Report on sanitation, dispensaries, and jails in Rajputana for 1909, and on vaccination for the year 1909-1910 - 1909-1910
Year: 1909
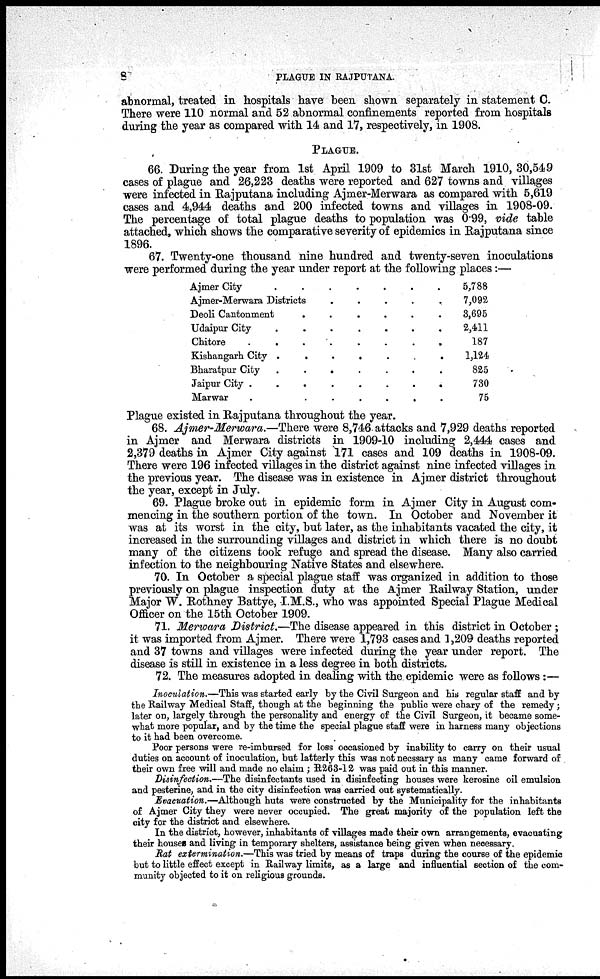
8
PLAGUE IN RAJPUTANA.
abnormal, treated in hospitals have been shown separately in statement C.
There were 110 normal and 52 abnormal confinements reported from hospitals
during the year as compared with 14 and 17, respectively, in 1908.
PLAGUE.
66. During the year from 1st April 1909 to 31st March 1910, 30,549
cases of plague and 26,223 deaths were reported and 627 towns and villages
were infected in Rajputana including Ajmer-Merwara as compared with 5,619
cases and 4,944 deaths and 200 infected towns and villages in 1908-09.
The percentage of total plague deaths to population was 0.99, vide table
attached, which shows the comparative severity of epidemics in Rajputana since
1896.
67. Twenty-one thousand nine hundred and twenty-seven inoculations
were performed during the year under report at the following places:—
Ajmer City
.
.
.
.
.
.
Ajmer-Merwara Districts
.
.
.
.
.
Deoli Cantonment
.
.
.
.
.
.
Udaipur City . . . . . . .
Chitore . . . . . . . .
Kishangarh City .
.
.
.
.
.
.
Bharatpur City
.
.
.
.
.
.
.
Jaipur City . . . . . . . .
Marwar
.
.
.
.
.
.
.
5,788
7,092
8,695
2,411
187
1,124
825
730
75
Plague existed in Rajputana throughout the year.
68. Ajmer-Merwara.—There were 8,746. attacks and 7,929 deaths reported
in Ajmer and Merwara districts in 1909-10 including 2,444 cases and
2,379 deaths in Ajmer City against 171 cases and 109 deaths in 1908-09.
There were 196 infected villages in the district against nine infected villages in
the previous year. The disease was in existence in Ajmer district throughout
the year, except in July.
69. Plague broke out in epidemic form in Ajmer City in August com-
mencing in the southern portion of the town. In October and November it
was at its worst in the city, but later, as the inhabitants vacated the city, it
increased in the surrounding villages and district in which there is no doubt
many of the citizens took refuge and spread the disease. Many also carried
infection to the neighbouring Native States and elsewhere.
70. In October a special plague staff was organized in addition to those
previously on plague inspection duty at the Ajmer Railway Station, under
Major W. Rothney Battye, I.M.S., who was appointed Special Plague Medical
Officer on the 15th October 1909.
71. Merwara District.—The disease appeared in this district in October ;
it was imported from Ajmer. There were 1,793 cases and 1,209 deaths reported
and 37 towns and villages were infected during the year under report. The
disease is still in existence in a less degree in both districts.
72. The measures adopted in dealing with the epidemic were as follows :—
Inoculation.—This was started early by the Civil Surgeon and his regular staff and by
the Railway Medical Staff, though at the beginning the public were chary of the remedy ;
later on, largely through the personality and energy of the Civil Surgeon, it became some-
what more popular, and by the time the special plague staff were in harness many objections
to it had been overcome.
Poor persons were re-imbursed for loss occasioned by inability to carry on their usual
duties on account of inoculation, but latterly this was not necssary as many came forward of
their own free will and made no claim ; R263-12 was paid out in this manner.
Disinfection.—The disinfectants used in disinfecting houses were kerosine oil emulsion
and pesterine, and in the city disinfection was carried out systematically.
Evacuation.—Although huts were constructed by the Municipality for the inhabitants
of Ajmer City they were never occupied. The great majority of the population left the
city for the district and elsewhere.
In the district, however, inhabitants of villages made their own arrangements, evacuating
their houses and living in temporary shelters, assistance being given when necessary.
Rat extermination.—This was tried by means of traps during the course of the epidemic
but to little effect except in Railway limits, as a large and influential section of the com-
munity objected to it on religious grounds.